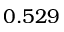
0 . 5 2 9